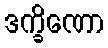
ဒက္ခိဏော